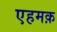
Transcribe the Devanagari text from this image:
एहमक़